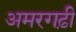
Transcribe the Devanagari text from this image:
अमरगढ़ी